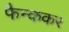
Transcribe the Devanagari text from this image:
फैन्ककर